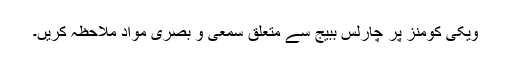
ویکی کومنز پر چارلس ببیج سے متعلق سمعی و بصری مواد ملاحظہ کریں۔